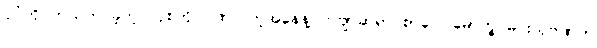
ပုဂံကို ကယ်တင်ခဲ့တဲ့ လုစ်ကို ဂုဏ်ပြုတဲ့အနေနဲ့ ကဗျာဆရာ စာပေပါမောက္ခ မင်းသုဝဏ်က